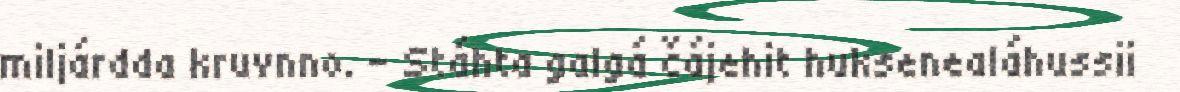
miljárdda kruvnno. - Stáhta galgá čájehit huksenealáhussii